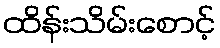
ထိန်းသိမ်းစောင့်